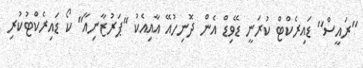
''ރައީސް'' ޑައިރެކްޓް ކުރަނީ ޑޭވިޑް އެން ދޮނިހުއޭ އާއިއެކު ''ޕަރުޒާނިއާ'' ކޯ ޑައިރެކްޓުކުރި